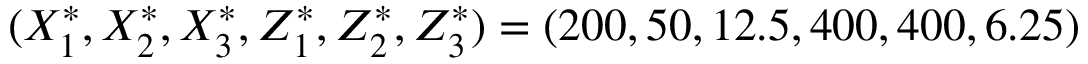
( X _ { 1 } ^ { * } , X _ { 2 } ^ { * } , X _ { 3 } ^ { * } , Z _ { 1 } ^ { * } , Z _ { 2 } ^ { * } , Z _ { 3 } ^ { * } ) = ( 2 0 0 , 5 0 , 1 2 . 5 , 4 0 0 , 4 0 0 , 6 . 2 5 )